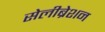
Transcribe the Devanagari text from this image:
सेलीब्रेशन